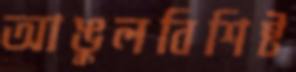
আঙুলবিশিষ্ট